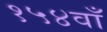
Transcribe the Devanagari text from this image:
१५४वाँ